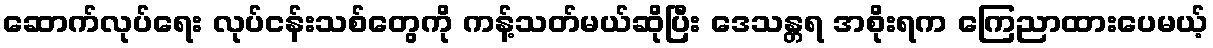
ဆောက်လုပ်ရေး လုပ်ငန်းသစ်တွေကို ကန့်သတ်မယ်ဆိုပြီး ဒေသန္တရ အစိုးရက ကြေညာထားပေမယ့်